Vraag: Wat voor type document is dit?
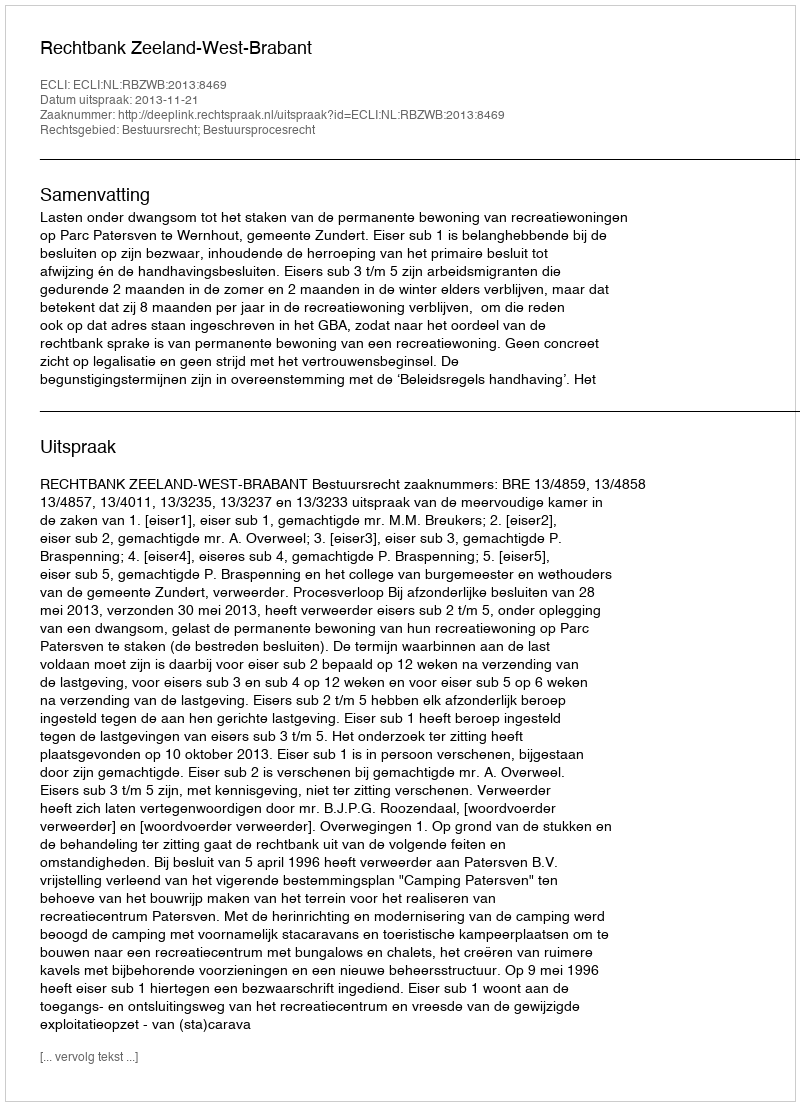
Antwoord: Uitspraak